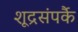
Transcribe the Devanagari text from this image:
शूद्रसंपर्कै